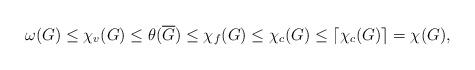
LaTeX: \begin{align*}\omega(G) \le \chi_v(G) \le \theta(\overline{G}) \le \chi_f(G) \le \chi_c(G) \le \lceil \chi_c(G) \rceil = \chi(G),\end{align*}